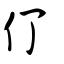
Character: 仃